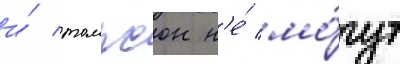
и́ томпсон н'е́ мо́гут